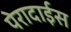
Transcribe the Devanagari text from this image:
पेरादाईस